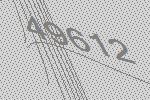
49612